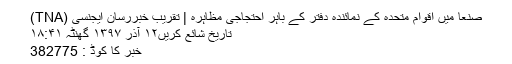
صنعا میں اقوام متحدہ کے نمائندہ دفتر کے باہر احتجاجی مظاہرہ | تقريب خبررسان ايجنسی (TNA)
تاریخ شائع کریں۱۲ آذر ۱۳۹۷ گھنٹہ ۱۸:۴۱
خبر کا کوڈ : 382775